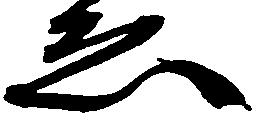
ゑ